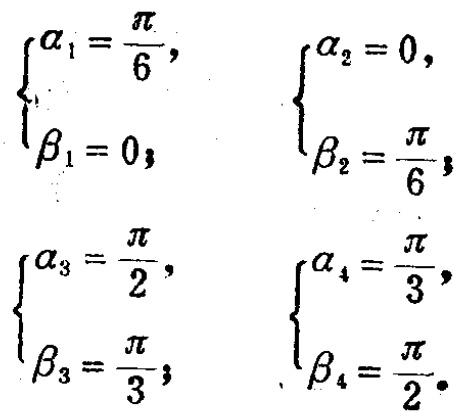
\[

\begin{cases}

\alpha_1 = \dfrac{\pi}{6}, \\

\beta_1 = 0;

\end{cases}

\quad

\begin{cases}

\alpha_2 = 0, \\

\beta_2 = \dfrac{\pi}{6};

\end{cases}

\quad

\begin{cases}

\alpha_3 = \dfrac{\pi}{2}, \\

\beta_3 = \dfrac{\pi}{3};

\end{cases}

\quad

\begin{cases}

\alpha_4 = \dfrac{\pi}{3}, \\

\beta_4 = \dfrac{\pi}{2}.

\end{cases}

\]